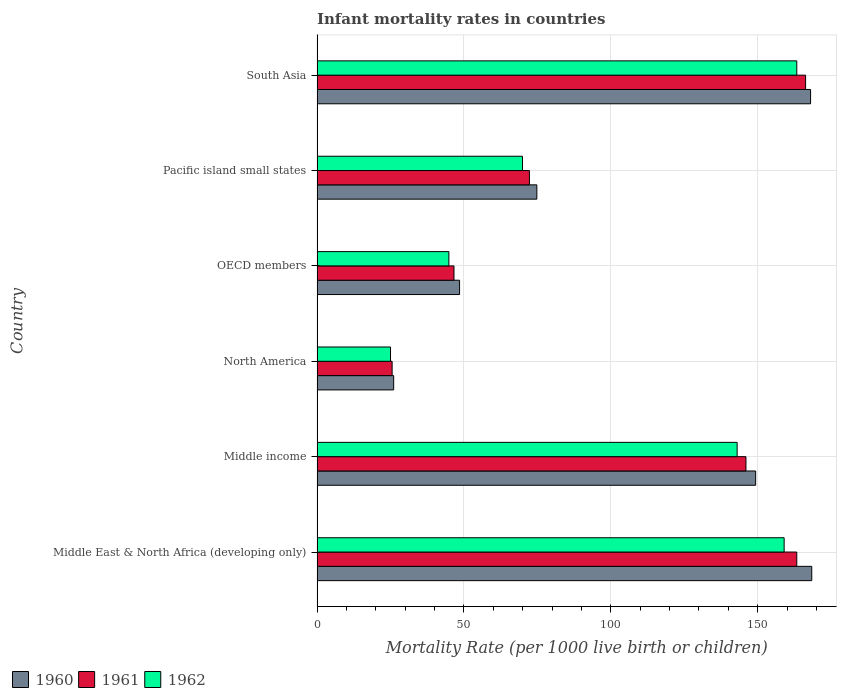
| Country | 1960 | 1961 | 1962 |
 | --- | --- | --- | --- |
 | Middle East & North Africa (developing only) | 168 | 163 | 159 |
 | Middle income | 149 | 146 | 143 |
 | North America | 26.1 | 25.6 | 25 |
 | OECD members | 48.5 | 46.6 | 44.9 |
 | Pacific island small states | 74.8 | 72.3 | 69.9 |
 | South Asia | 168 | 166 | 163 |